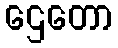
ဌေတော